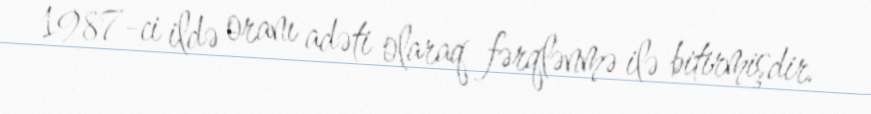
1987-ci ildə oranı adəti olaraq fərqlənmə ilə bitirmişdir.